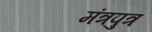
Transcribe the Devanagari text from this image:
मंत्रपुत्र